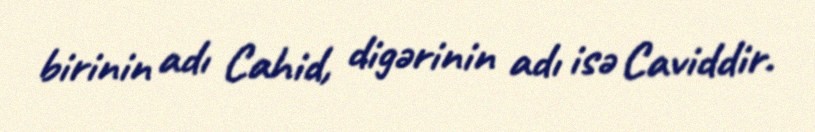
birinin adı Cahid, digərinin adı isə Caviddir.